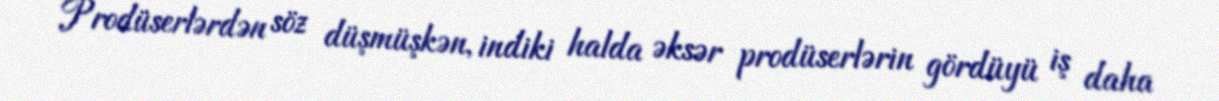
Prodüserlərdən söz düşmüşkən, indiki halda əksər prodüserlərin gördüyü iş daha